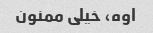
اوه، خیلی ممنون